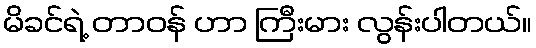
မိခင်ရဲ့ တာဝန် ဟာ ကြီးမား လွန်းပါတယ်။